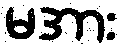
မအား